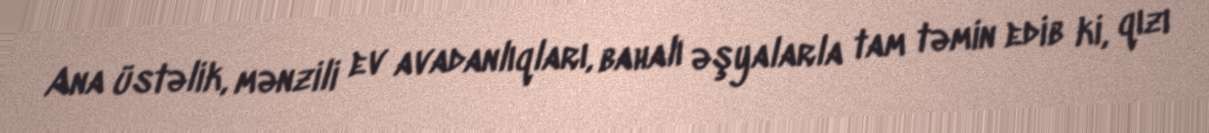
Ana üstəlik, mənzili ev avadanlıqları, bahalı əşyalarla tam təmin edib ki, qızı